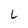
Character: L